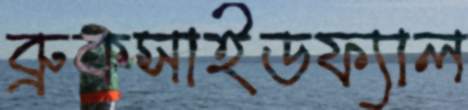
ব্রুকসাইডফ্যাল